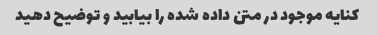
کنایه موجود در متن داده شده را بیابید و توضیح دهید